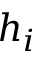
h _ { i }